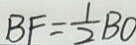
B F = \frac { 1 } { 2 } B O